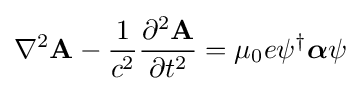
\nabla ^{2}\mathbf {A} -{\frac {1}{c^{2}}}{\frac {\partial ^{2}\mathbf {A} }{\partial t^{2}}}=\mu _{0}e\psi ^{\dagger }{\boldsymbol {\alpha }}\psi